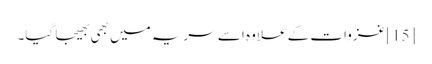
[15] غزوات کے علاوہ اسے سریہ میں بھی بھیجا گیا۔